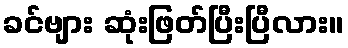
ခင်ဗျား ဆုံးဖြတ်ပြီးပြီလား။